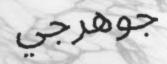
جوھرجي